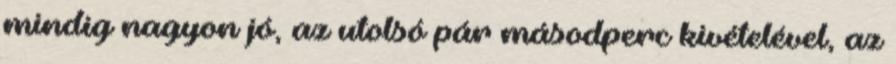
mindig nagyon jó, az utolsó pár másodperc kivételével, az